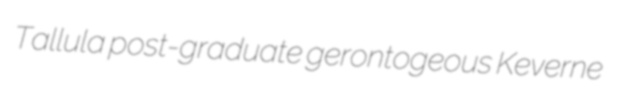
Tallula post-graduate gerontogeous Keverne